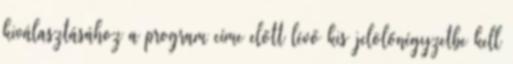
kiválasztásához a program címe előtt lévő kis jelölőnégyzetbe kell